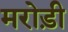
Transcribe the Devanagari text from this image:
मरोड़ी